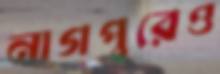
নাগপুরেও